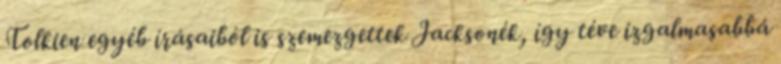
Tolkien egyéb írásaiból is szemezgettek Jacksonék, így téve izgalmasabbá